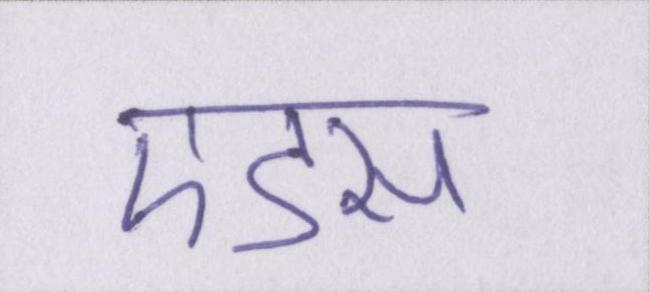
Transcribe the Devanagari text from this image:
एडस